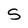
Character: S